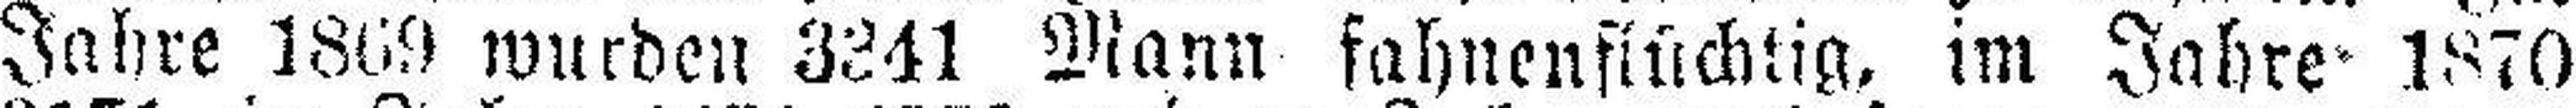
Jahre 1869 wurden 3341 Mann fahnenflüchtig, im Jahre 1870